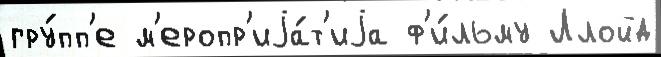
гру́пп'е м'еропр'иjа́т'иjа ф'и́льму Ллойд